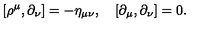
[ \rho ^ { \mu } , \partial _ { \nu } ] = - \eta _ { \mu \nu } , \quad [ \partial _ { \mu } , \partial _ { \nu } ] = 0 .